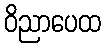
ဝိညာပေထ